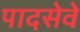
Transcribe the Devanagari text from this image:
पादसेवे